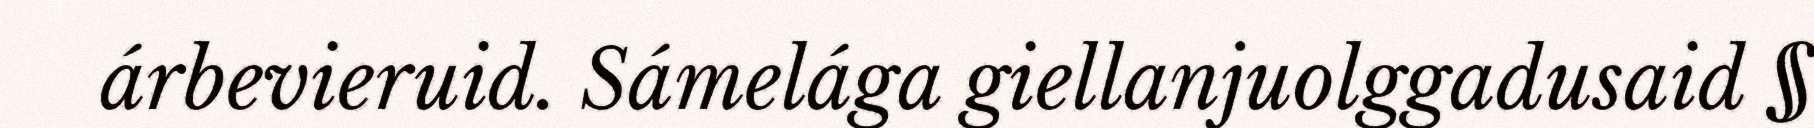
árbevieruid. Sámelága giellanjuolggadusaid §